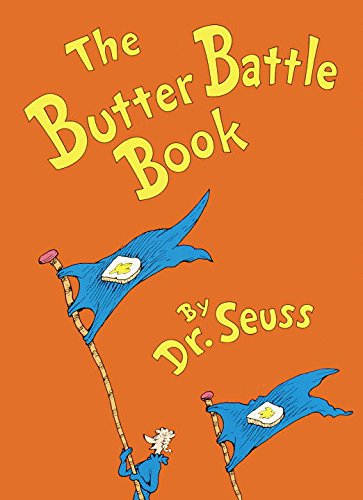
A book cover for The Butter Battle Book: (New York Times Notable Book of the Year) (Classic Seuss); Dr. Seuss; Children's Books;